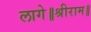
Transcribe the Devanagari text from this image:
लागे॥श्रीराम॥